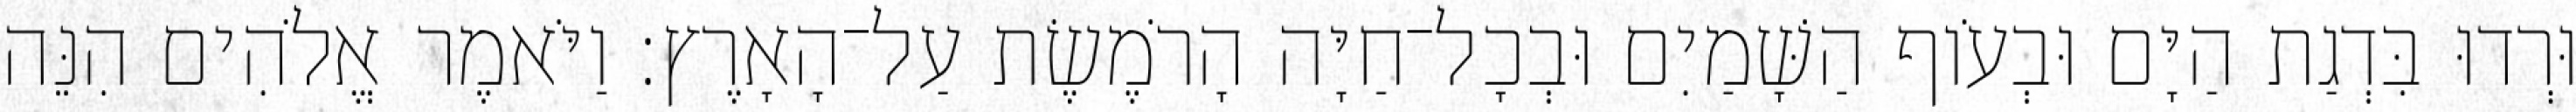
וּרְדוּ בִּדְגַת הַיָּם וּבְעֹוף הַשָּׁמַיִם וּבְכָל־חַיָּה הָרֹמֶשֶׂת עַל־הָאָרֶץ׃ וַיֹּאמֶר אֱלֹהִים הִנֵּה